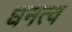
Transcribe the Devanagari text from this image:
घनत्‍व